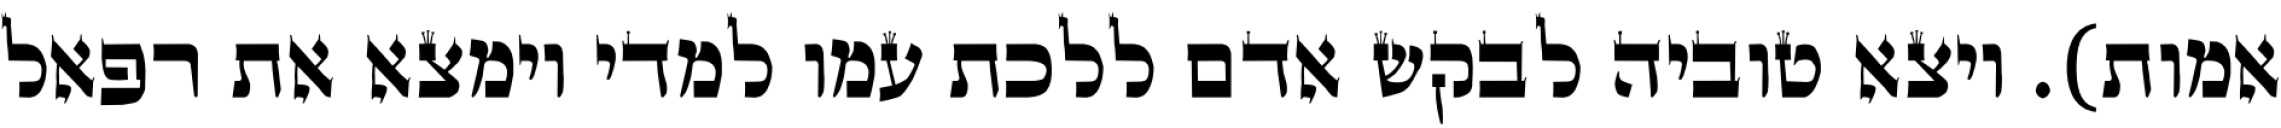
אמות). ויצא טוביה לבקש אדם ללכת עמו למדי וימצא את רפאל